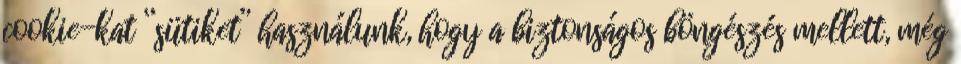
cookie-kat “sütiket” használunk, hogy a biztonságos böngészés mellett, még